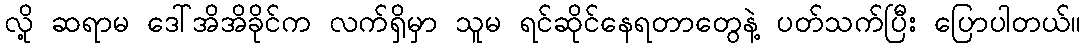
လို့ ဆရာမ ဒေါ်အိအိခိုင်က လက်ရှိမှာ သူမ ရင်ဆိုင်နေရတာတွေနဲ့ ပတ်သက်ပြီး ပြောပါတယ်။